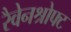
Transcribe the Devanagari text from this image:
रैवेनश्रोफ्ट